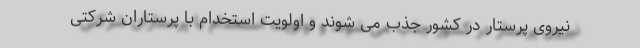
نیروی پرستار در کشور جذب می شوند و اولویت استخدام با پرستاران شرکتی